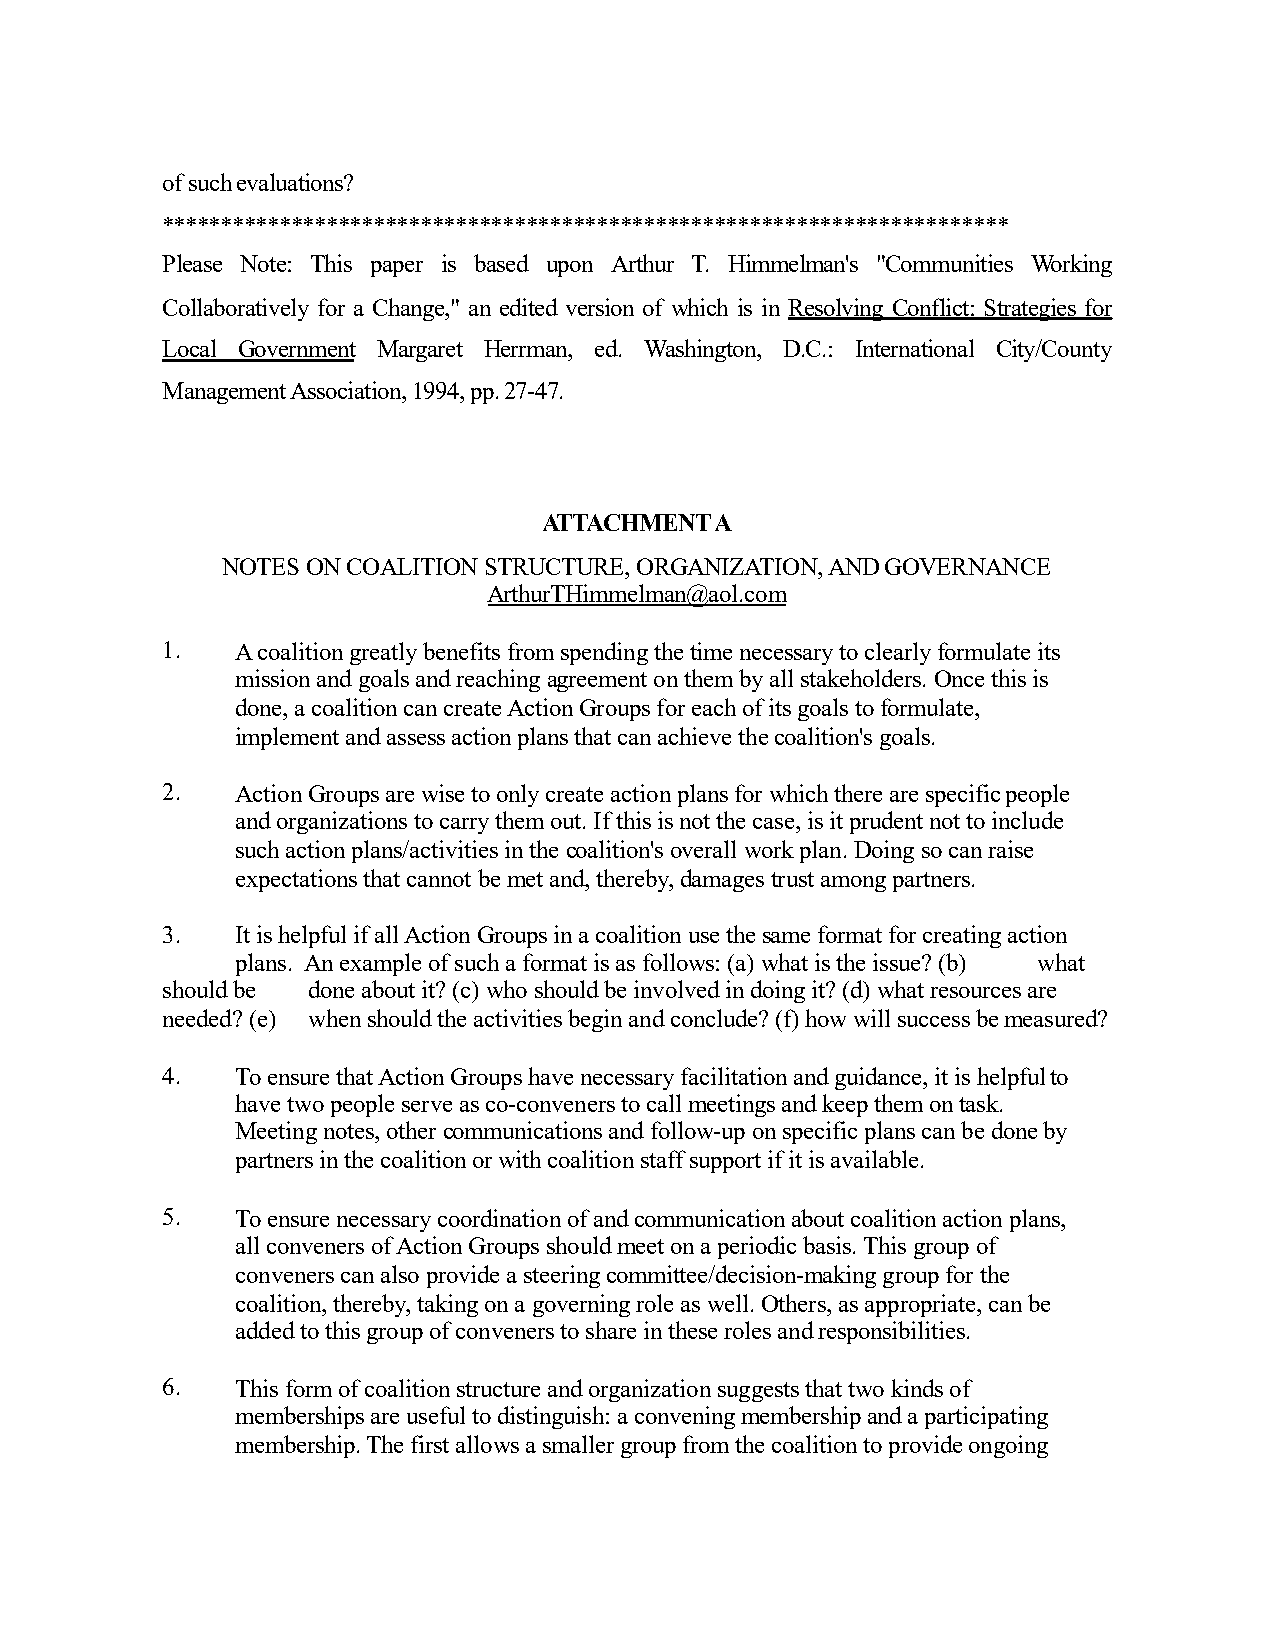
of suchevaluations?
 ************************************************************************
 Please Note: This paper is based upon Arthur T. Himmelman's "Communities Working
 Collaboratively for a Change," an edited version of which is in Resolving Conflict: Strategies for
 Local Government Margaret Herrman, ed. Washington, D.C.: International City/County
 ManagementAssociation,1994,pp.27-47.
 ATTACHMENTA
 NOTES ON COALITION STRUCTURE, ORGANIZATION, ANDGOVERNANCE
 ArthurTHimmelman@aol.com
 1.   A coalition greatly benefits from spending the time necessary to clearly formulate its
 mission and goals and reaching agreement on them by all stakeholders. Once this is
 done, a coalition can create Action Groups for each of its goals to formulate,
 implement and assess action plans that can achieve the coalition's goals.
 2.   Action Groups are wise to only create action plans for which there are specificpeople
 and organizations to carry them out. If this is not the case, is it prudent not to include
 such action plans/activities in the coalition's overall work plan. Doing so can raise
 expectations that cannot be met and, thereby, damages trust amongpartners.
 3.   It is helpful if all Action Groups in a coalition use the same format for creating action
 plans. An example of such a format is as follows: (a) what is the issue? (b) what
 should be done about it? (c) who should be involved in doing it? (d) what resourcesare
 needed?(e) when should the activities begin and conclude? (f) how will success bemeasured?
 4.   To ensure that Action Groups have necessary facilitation and guidance, it is helpfulto
 have two people serve as co-conveners to call meetings and keep them ontask.
 Meeting notes, other communications and follow-up on specific plans can be doneby
 partners in the coalition or with coalition staff support if it isavailable.
 5.   To ensure necessary coordination of and communication about coalition action plans,
 all conveners of Action Groups should meet on a periodic basis. This group of
 conveners can also provide a steering committee/decision-making group for the
 coalition, thereby, taking on a governing role as well. Others, as appropriate, can be
 added to this group of conveners to share in these roles andresponsibilities.
 6.   This form of coalition structure and organization suggests that two kinds of
 memberships are useful to distinguish: a convening membership and a participating
 membership. The first allows a smaller group from the coalition to provideongoing